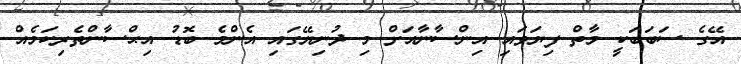
އޭގެ ސަބަބަކީ މާތް ފިޔަވައި އިންސާނާއަށް މި ދުނިޔޭގައި އެންމެ ބޮޑު އިޙްސާންތެރިކަމެއް